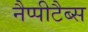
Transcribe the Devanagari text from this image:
नैप्पीटैब्स